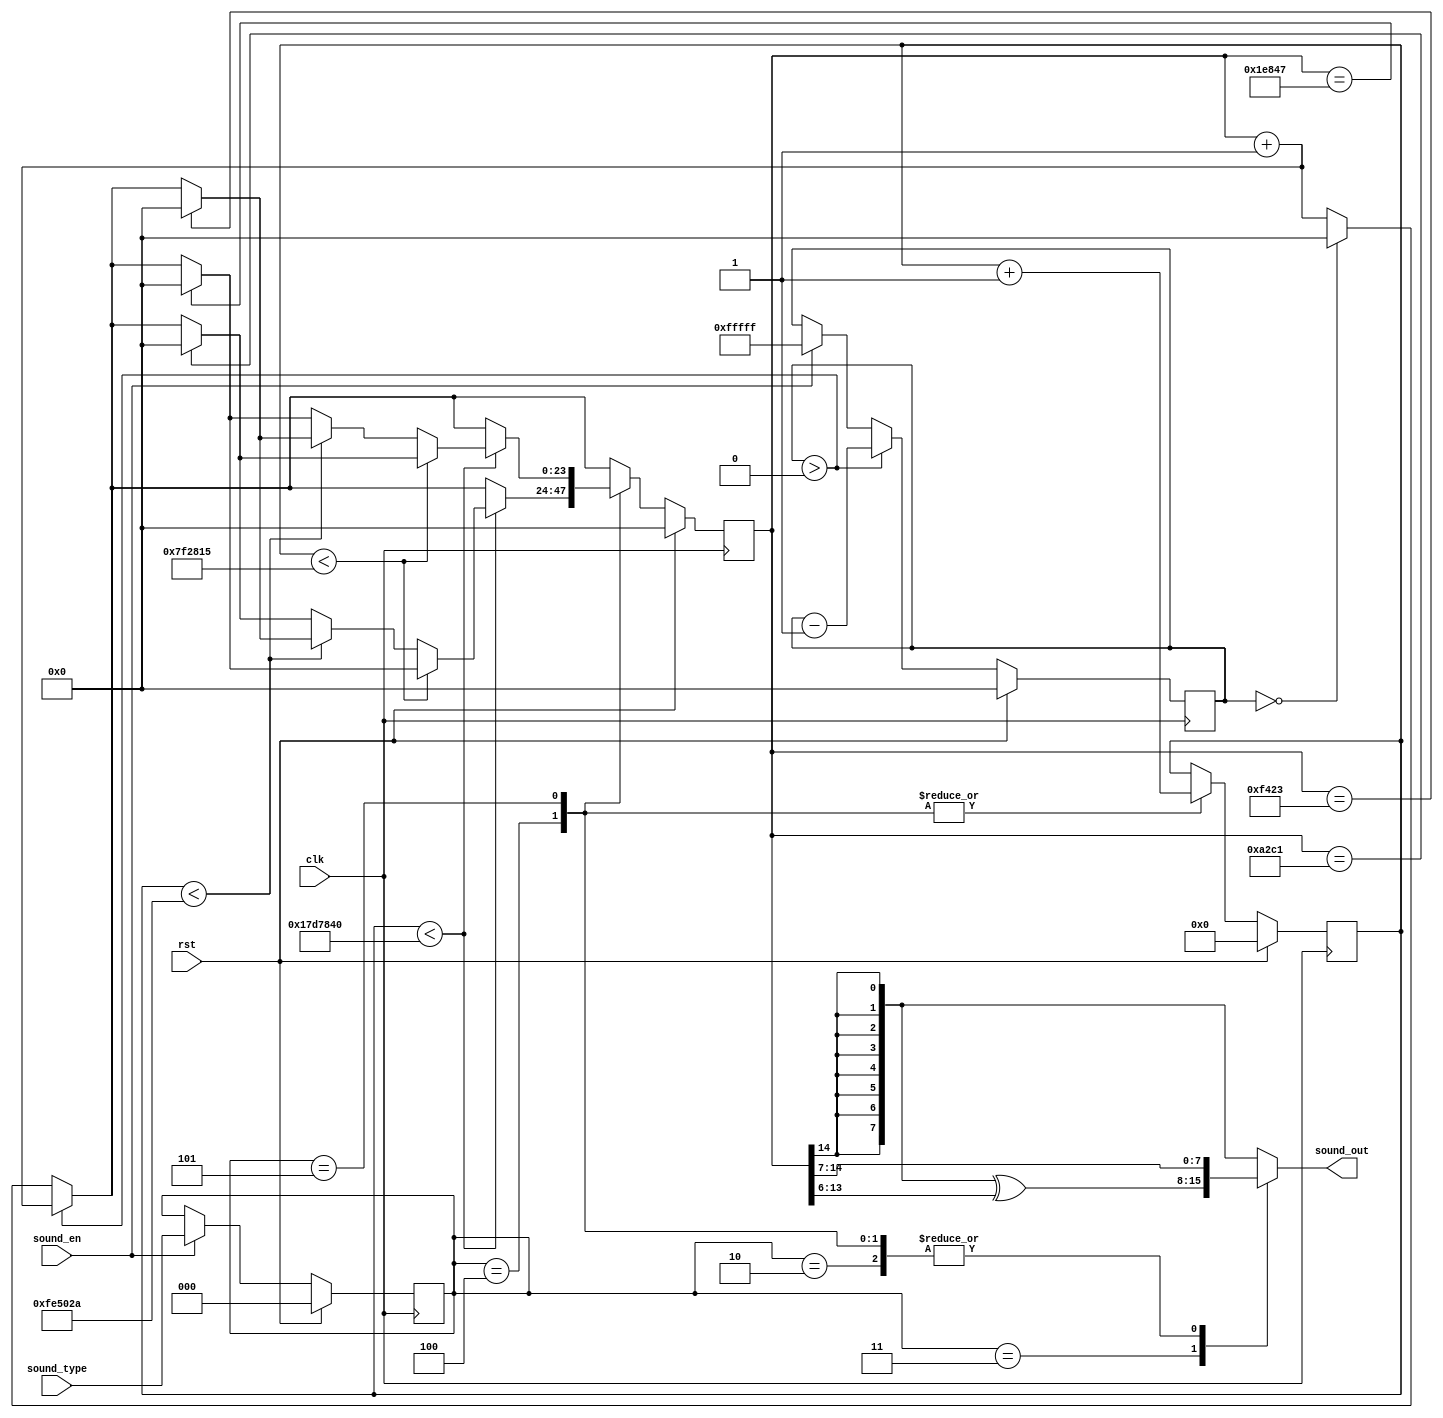
/*
   This file was generated automatically by Alchitry Labs version 1.1.5.
   Do not edit this file directly. Instead edit the original Lucid source.
   This is a temporary file and any changes made to it will be destroyed.
*/

module sound_gen_17 (
    input clk,
    input rst,
    input sound_en,
    input [2:0] sound_type,
    output reg [7:0] sound_out
  );
  
  
  
  reg [23:0] M_counter_d, M_counter_q = 1'h0;
  reg [23:0] M_time_delay_d, M_time_delay_q = 1'h0;
  reg [2:0] M_sound_type_reg_d, M_sound_type_reg_q = 1'h0;
  reg [24:0] M_sound_counter_d, M_sound_counter_q = 1'h0;
  
  always @* begin
    M_sound_counter_d = M_sound_counter_q;
    M_time_delay_d = M_time_delay_q;
    M_counter_d = M_counter_q;
    M_sound_type_reg_d = M_sound_type_reg_q;
    
    M_counter_d = M_counter_q + 1'h1;
    if (sound_en) begin
      M_time_delay_d = 20'hfffff;
      M_sound_type_reg_d = sound_type[0+2-:3];
    end
    if (M_time_delay_q > 1'h0) begin
      M_time_delay_d = M_time_delay_q - 1'h1;
    end else begin
      if (M_time_delay_q == 1'h0) begin
        M_counter_d = 1'h0;
      end
    end
    
    case (M_sound_type_reg_q)
      1'h1: begin
        sound_out[0+7-:8] = {4'h8{M_counter_q[14+0-:1]}};
      end
      2'h2: begin
        sound_out[0+7-:8] = M_counter_q[7+7-:8];
      end
      2'h3: begin
        sound_out[0+7-:8] = {4'h8{M_counter_q[14+0-:1]}} ^ M_counter_q[6+7-:8];
      end
      3'h4: begin
        M_sound_counter_d = M_sound_counter_q + 1'h1;
        if (M_sound_counter_q < 25'h17d7840) begin
          if (M_sound_counter_q < 23'h7f2815) begin
            if (M_counter_q == 17'h1e847) begin
              M_counter_d = 1'h0;
            end
          end else begin
            if (M_sound_counter_q < 24'hfe502a) begin
              if (M_counter_q == 16'hf423) begin
                M_counter_d = 1'h0;
              end
            end else begin
              if (M_sound_counter_q < 25'h17d7840) begin
                if (M_counter_q == 16'ha2c1) begin
                  M_counter_d = 1'h0;
                end
              end
            end
          end
        end
        sound_out[0+7-:8] = M_counter_q[7+7-:8];
      end
      3'h5: begin
        M_sound_counter_d = M_sound_counter_q + 1'h1;
        if (M_sound_counter_q < 25'h17d7840) begin
          if (M_sound_counter_q < 23'h7f2815) begin
            if (M_counter_q == 16'ha2c1) begin
              M_counter_d = 1'h0;
            end
          end else begin
            if (M_sound_counter_q < 24'hfe502a) begin
              if (M_counter_q == 16'hf423) begin
                M_counter_d = 1'h0;
              end
            end else begin
              if (M_sound_counter_q < 25'h17d7840) begin
                if (M_counter_q == 17'h1e847) begin
                  M_counter_d = 1'h0;
                end
              end
            end
          end
        end
        sound_out[0+7-:8] = M_counter_q[7+7-:8];
      end
      default: begin
        sound_out[0+7-:8] = {4'h8{M_counter_q[14+0-:1]}};
      end
    endcase
  end
  
  always @(posedge clk) begin
    if (rst == 1'b1) begin
      M_counter_q <= 1'h0;
      M_time_delay_q <= 1'h0;
      M_sound_type_reg_q <= 1'h0;
      M_sound_counter_q <= 1'h0;
    end else begin
      M_counter_q <= M_counter_d;
      M_time_delay_q <= M_time_delay_d;
      M_sound_type_reg_q <= M_sound_type_reg_d;
      M_sound_counter_q <= M_sound_counter_d;
    end
  end
  
endmodule